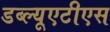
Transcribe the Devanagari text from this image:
डब्ल्यूएटीएस